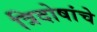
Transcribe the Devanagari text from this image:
त्रिदोषांचे